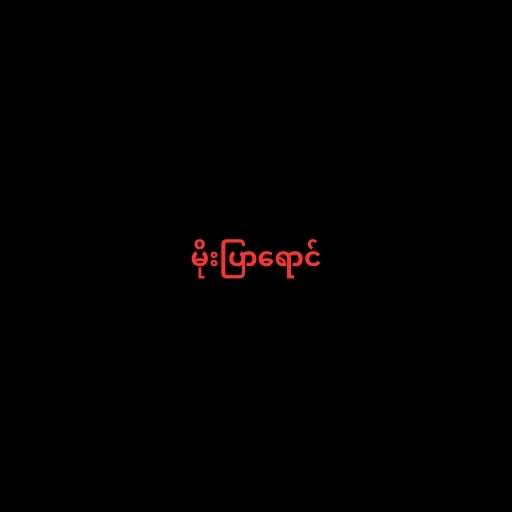
မိုးပြာရောင်